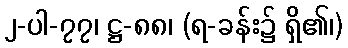
၂-ပါ-၇၇၊ ဋ္ဌ-၈၈၊ (ရ-ခန်း၌ ရှိ၏၊)